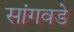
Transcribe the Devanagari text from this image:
सांगवडे